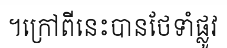
។ក្រៅពីនេះបានថែទាំផ្លូវ